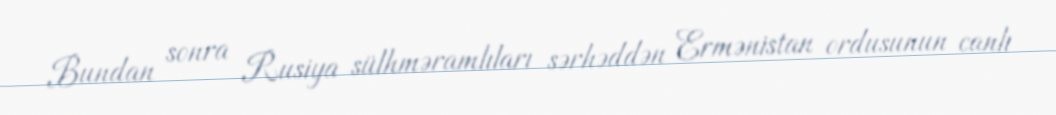
Bundan sonra Rusiya sülhməramlıları sərhəddən Ermənistan ordusunun canlı